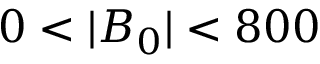
0 < | \boldsymbol { B } _ { 0 } | < 8 0 0